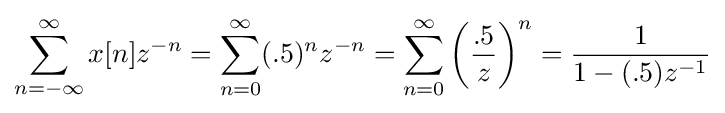
\sum _{n=-\infty }^{\infty }x[n]z^{-n}=\sum _{n=0}^{\infty }(.5)^{n}z^{-n}=\sum _{n=0}^{\infty }\left({\frac {.5}{z}}\right)^{n}={\frac {1}{1-(.5)z^{-1}}}